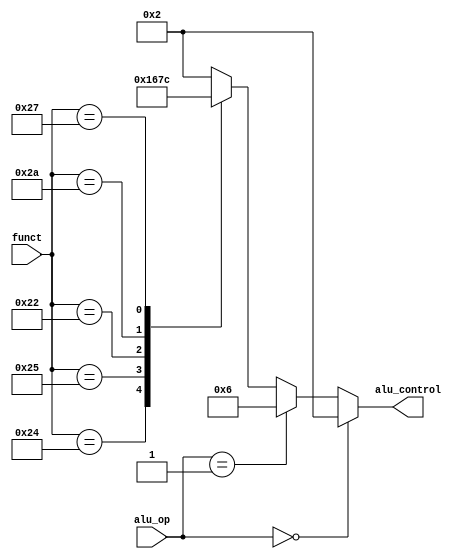
//=========================================================================
// Name & Email must be EXACTLY as in Gradescope roster!
// Name: 
// 
// Assignment name: 
// Lab section: 
// TA: 
// 
// I hereby certify that I have not received assistance on this assignment,
// or used code, from ANY outside source other than the instruction team
// (apart from what was provided in the starter file).
//
//=========================================================================

//=========================================================================
//
// DO NOT CHANGE ANYTHING BELOW THIS COMMENT. IT IS PROVIDED TO MAKE SURE 
// YOUR LAB IS SUCCESSFULL. 
//
//=========================================================================

`timescale 1ns / 1ps

// --------------------------------------
// MIPS ALU Control & Funct constants
// --------------------------------------

`define ALU_AND         4'b0000
`define ALU_OR          4'b0001
`define ALU_ADD         4'b0010
`define ALU_SUBTRACT    4'b0110
`define ALU_LESS_THAN   4'b0111
`define ALU_NOR         4'b1100
  
`define FUNCT_AND       6'b100100
`define FUNCT_OR        6'b100101
`define FUNCT_ADD       6'b100000
`define FUNCT_SUBTRACT 	6'b100010
`define FUNCT_LESS_THAN 6'b101010
`define FUNCT_NOR 		6'b100111

module alu_control (	
    input wire [1:0] alu_op,	
    input wire [5:0] funct,	
    output reg [3:0] alu_control   
);

always @(alu_op or funct) begin 

    if (alu_op == 2'b00) begin // LW and SW 
        alu_control = `ALU_ADD ; 
    end else if (alu_op == 2'b01) begin  // Branch 
        alu_control = `ALU_SUBTRACT ; 
    end else begin
        case (funct)   // R Type Instruction 
            `FUNCT_AND :       alu_control = `ALU_AND ; 
            `FUNCT_OR  :       alu_control = `ALU_OR ; 
            `FUNCT_ADD :       alu_control = `ALU_ADD ; 
            `FUNCT_SUBTRACT :  alu_control = `ALU_SUBTRACT ; 
            `FUNCT_LESS_THAN : alu_control = `ALU_LESS_THAN ; 
            `FUNCT_NOR :       alu_control = `ALU_NOR ; 
            default :          alu_control = `ALU_ADD ;      
        endcase 
	end // End else 
end  // End block 

endmodule